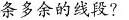
条多余的线段?